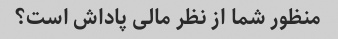
منظور شما از نظر مالی پاداش است؟